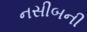
નસીબની